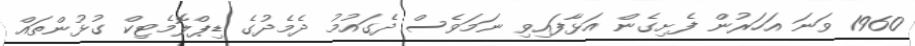
1960 ވަނަ އަހަރުން ފެށިގެން އަޅާފައިވި ނަމަވެސް ދެގައުމު ދެމެދުގެ ޑިޕްލޮމެޓިކް ގުޅުންތައް